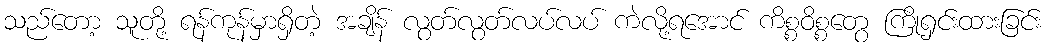
သည်တော့ သူတို့ ရန်ကုန်မှာရှိတဲ့ အချိန် လွတ်လွတ်လပ်လပ် ကဲလို့ရအောင် ကိစ္စဝိစ္စတွေ ကြိုရှင်းထားခြင်း